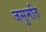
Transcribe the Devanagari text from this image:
जसुमति